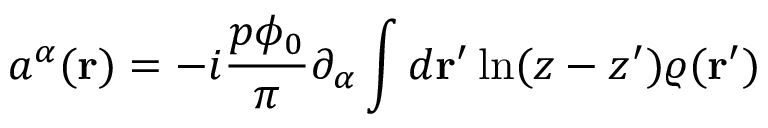
a ^ { \alpha } ( { \bf r } ) = - i \frac { p \phi _ { 0 } } { \pi } \partial _ { \alpha } \int d { \bf r ^ { \prime } } \ln ( z - z ^ { \prime } ) \varrho ( { \bf r ^ { \prime } } )